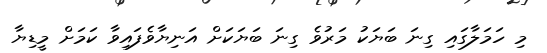
މި ހަމަލާގައި ގިނަ ބަޔަކު މަރުވެ ގިނަ ބަޔަކަށް އަނިޔާވެފައިވާ ކަމަށް މީޑިޔާ